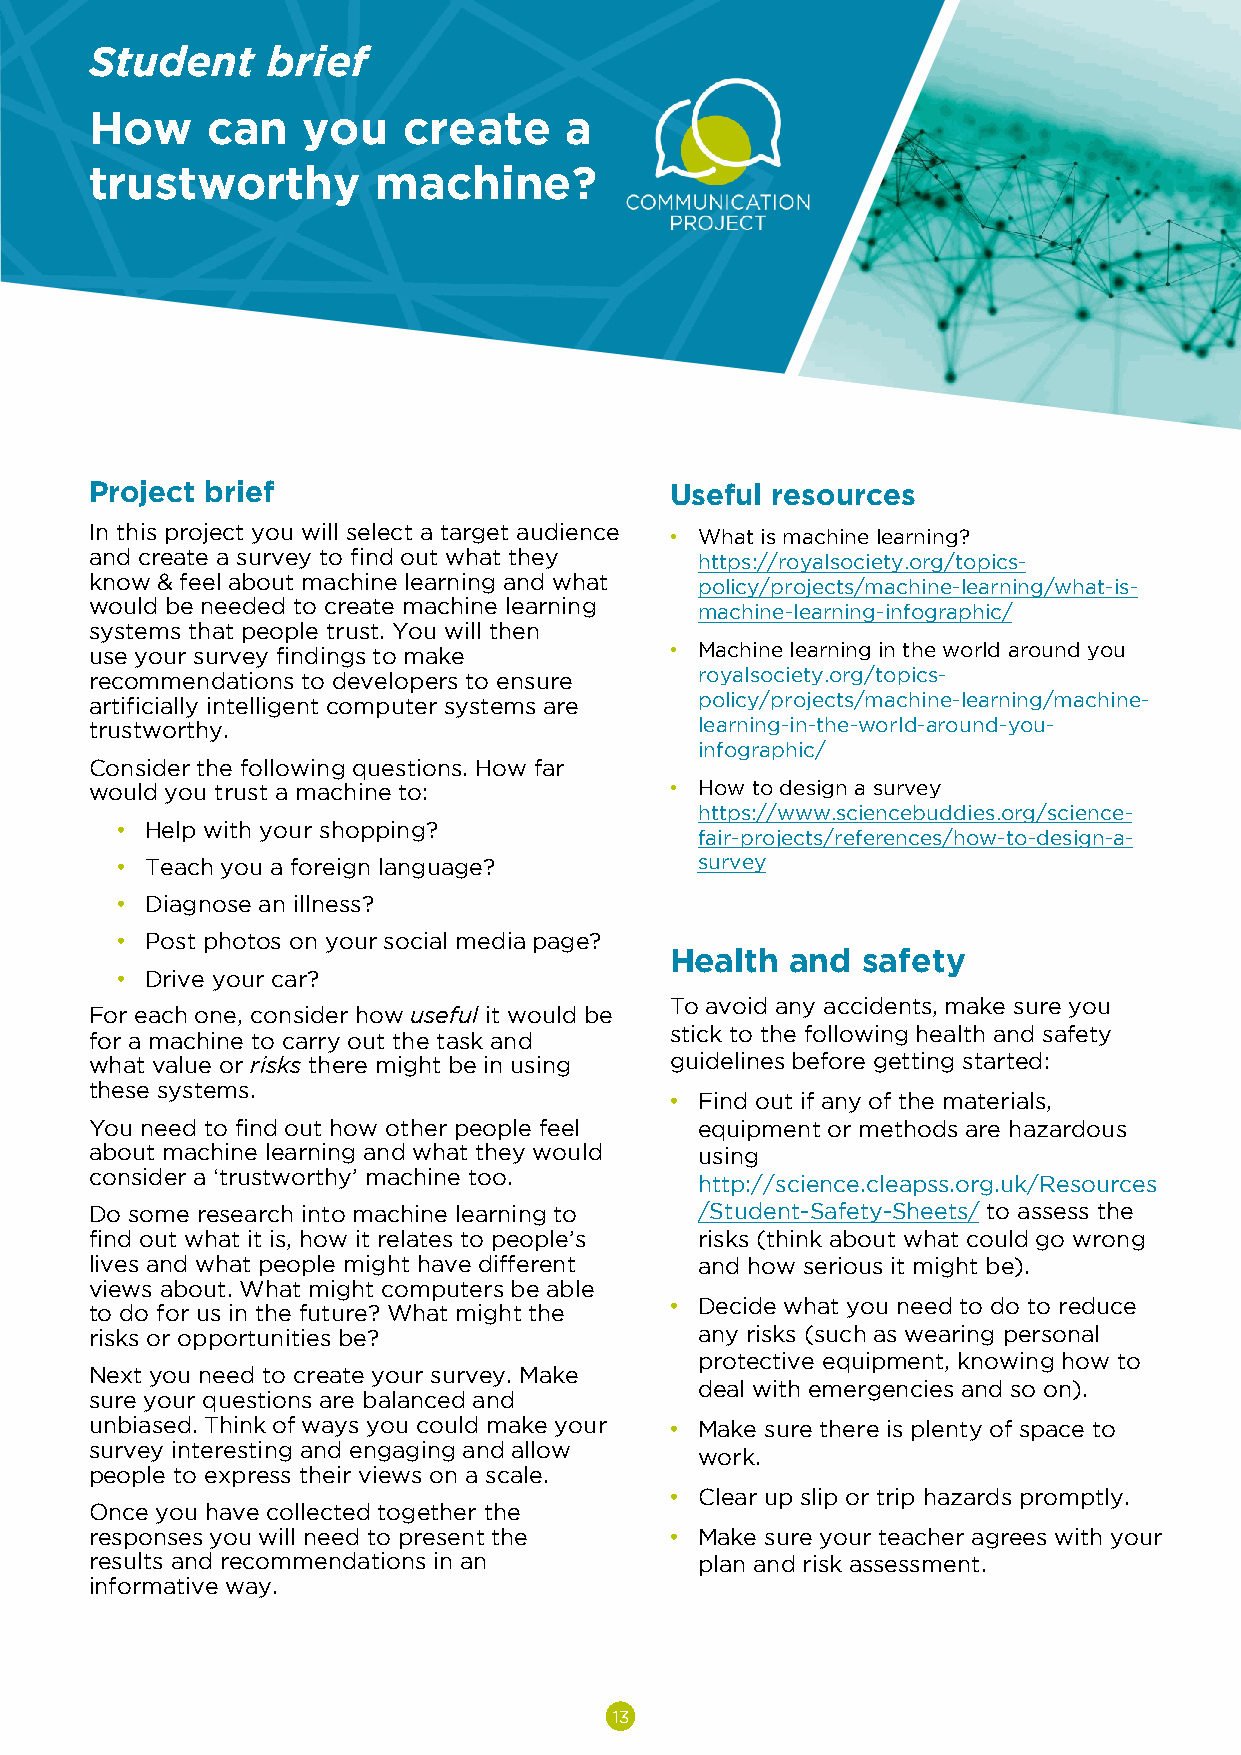
Student     brief
 How     can   you    create    a
 trustworthy        machine?
 Project brief                         Useful resources
 In this project you will select a target audience • What is machine learning?
 and create a survey to find out what they
 https://royalsociety.org/topics-
 know & feel about machinelearning and what
 policy/projects/machine-learning/what-is-
 would be needed to create machine learning
 machine-learning-infographic/
 systems that people trust. You will then
 use your survey findings to make      • Machine learning in the world around you
 recommendations to developers to ensure royalsociety.org/topics-
 artificially intelligent computer systems are policy/projects/machine-learning/machine-
 trustworthy.                            learning-in-the-world-around-you-
 infographic/
 Consider the following questions. How far
 would you trust a machine to:         • How to design a survey
 https://www.sciencebuddies.org/science-
 • Help with your shopping?
 fair-projects/references/how-to-design-a-
 • Teach you a foreign language?       survey
 • Diagnose an illness?
 • Post photos on your social mediapage?
 Health  and  safety
 • Drive your car?
 To avoid any accidents, make sure you
 For each one, consider how useful it would be
 stick to the following health and safety
 for a machine to carry out the task and
 what value or risks there might be in using guidelines before getting started:
 these systems.
 • Find out if any of the materials,
 You need to find out how other people feel equipment or methods are hazardous
 about machine learning and what they would using
 consider a ‘trustworthy’ machine too.
 http://science.cleapss.org.uk/Resources
 Do some research into machine learning to /Student-Safety-Sheets/ to assess the
 find out what it is, how it relates to people’s risks (think about what could go wrong
 lives and what people might have different and how serious it might be).
 views about. What might computers be able
 to do for us in the future? What might the • Decide what you need to do to reduce
 risks or opportunities be?              any risks (such as wearing personal
 protective equipment, knowing how to
 Next you need to create your survey. Make
 deal with emergencies and so on).
 sure your questions are balanced and
 unbiased. Think of ways you could make your • Make sure there is plenty of space to
 survey interesting and engagingand allow
 work.
 people to express their views on a scale.
 • Clear up slip or trip hazards promptly.
 Once you have collected together the
 responses you will need to present the • Make sure your teacher agrees with your
 results and recommendations in an       plan and risk assessment.
 informative way.
 13